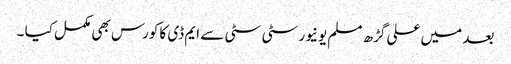
بعد میں علی گڑھ مسلم یونیورسٹی سٹی سے ایم ڈی کا کورس بھی مکمل کیا ۔